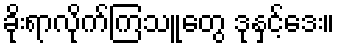
ခိုးရာလိုက်ကြသူတွေ ဒုနှင့်ဒေး။